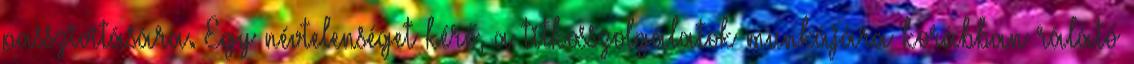
passzivitására. Egy névtelenséget kérő, a titkosszolgálatok munkájára korábban rálátó